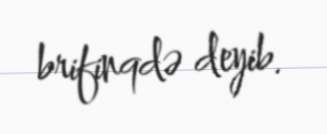
brifinqdə deyib.